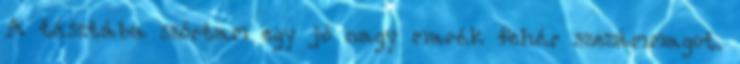
A tésztába szórtam egy jó nagy marék fehér szezámmagot.